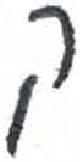
אות: ק